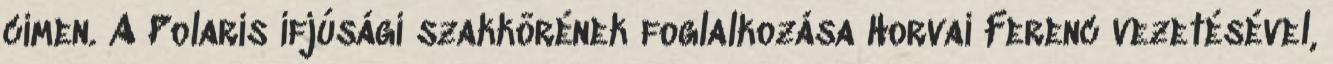
címen. A Polaris ifjúsági szakkörének foglalkozása Horvai Ferenc vezetésével,